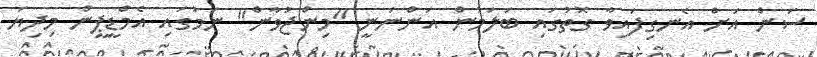
ސަން އަށް އެނގިފައިވާ ގޮތުގައި ބަލަމުން އަންނަނީ "މިންޖުވާން" ނަމުގައި އެމްޑީޕީން މިދިޔަ